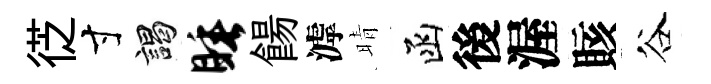
徔寸謁睡餳滹晴函後渥賅谷